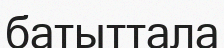
батыттала